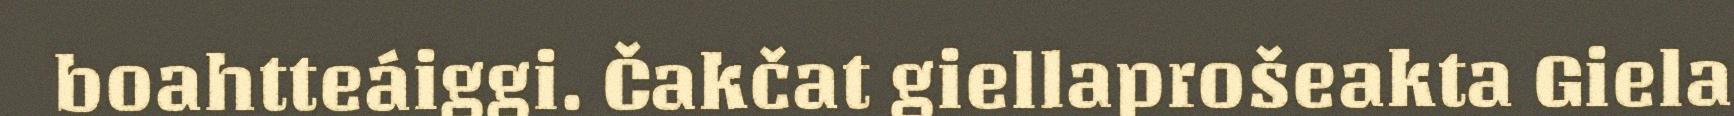
boahtteáiggi. Čakčat giellaprošeakta Giela